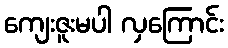
ကျေးဇူးမပါ လှကြောင်း